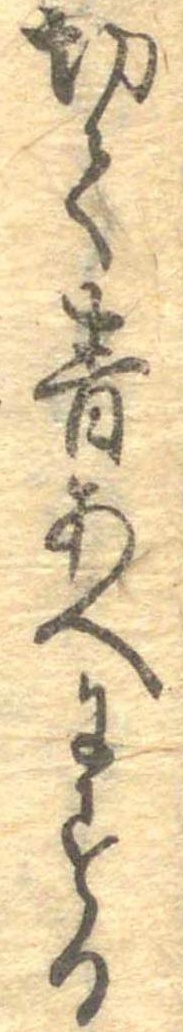
切て青あへにする